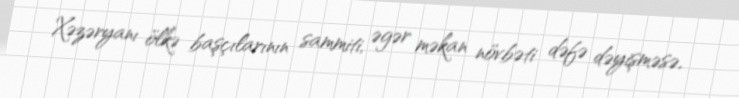
Xəzəryanı ölkə başçılarının sammiti, əgər məkan növbəti dəfə dəyişməsə,